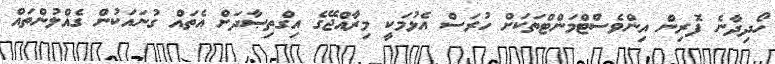
ހޯދިދާނެ ފޮރިން އިންވެސްޓްމަންޓްތަކަށް ހުރަސް އެޅުމަކީ މިރާއްޖޭގެ އިގްތިޞާދަށް އެތައް ގުނައަކުން ގެއްލުންތައް